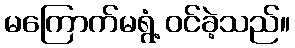
မကြောက်မရွံ့ ဝင်ခဲ့သည်။